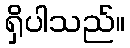
ရှိပါသည်။